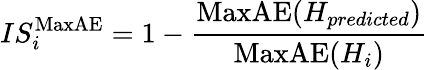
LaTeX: {IS_{i}^{\mathrm{MaxAE}}=1-\frac{\mathrm{MaxAE}(H_{predicted})}{\mathrm{MaxAE}(H_{i})}}